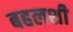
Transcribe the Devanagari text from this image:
बहलशी